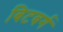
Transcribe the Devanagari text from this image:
बिटबर्ग